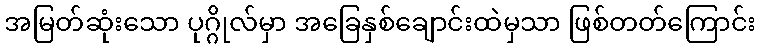
အမြတ်ဆုံးသော ပုဂ္ဂိုလ်မှာ အခြေနှစ်ချောင်းထဲမှသာ ဖြစ်တတ်ကြောင်း